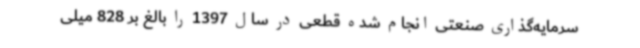
سرمایه‌گذاری صنعتی انجام شده قطعی در سال 1397 را بالغ بر 828 میلی